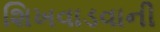
શિખવાડવાની